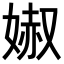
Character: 𡞽